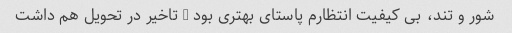
شور و تند، بی کیفیت انتظارم پاستای بهتری بود … تاخیر در تحویل هم داشت